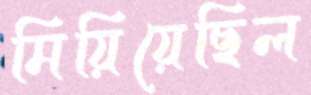
মিয়িয়েছিল